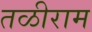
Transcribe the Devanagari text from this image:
तळीराम